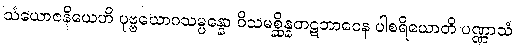
သံယောဇနိယေဟိ ပုဗ္ဗယောဂသမ္ပန္နော ဝိသမစ္ဆိန္နတဋဘာဝေန ပါစရိယောတိ ပဏ္ဏာသံ